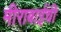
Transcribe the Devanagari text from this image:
मीराबाईंची